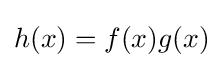
h(x)=f(x)g(x)